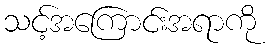
သင့်အကြောင်းအရာကို